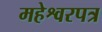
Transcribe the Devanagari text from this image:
महेश्वरपत्र